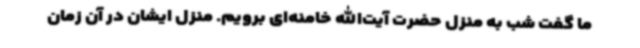
ما گفت شب به منزل حضرت آیت‌الله خامنه‌ای برویم. منزل ایشان در آن زمان